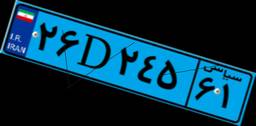
۶۰D۴۸۱۵۲